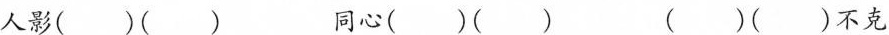
人影( )( ) 同心( )( ) ( )( )不克